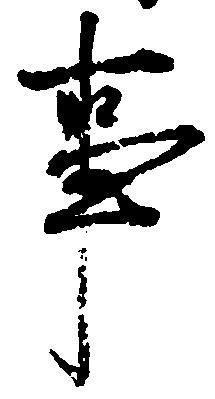
事